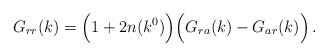
\begin{align*} G_{rr}(k)=\Bigl( 1+2n(k^0) \Bigr)\Bigl( G_{ra}(k)-G_{ar}(k) \Bigr)\, .\end{align*}